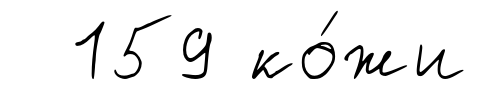
159 ко́жи